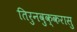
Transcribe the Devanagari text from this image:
तिरुनवुक्करासु